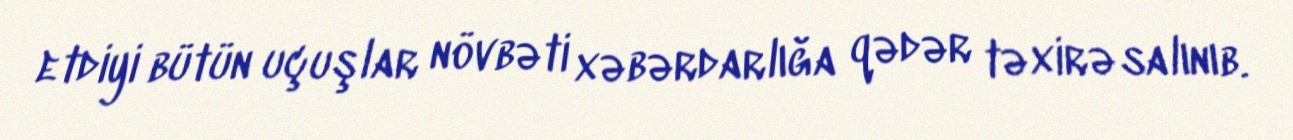
etdiyi bütün uçuşlar növbəti xəbərdarlığa qədər təxirə salınıb.